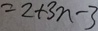
= 2 + 3 n - 3